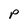
Character: P